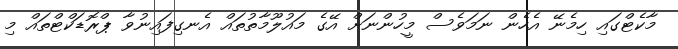
މާކެޓްގައި ހިމެނޭ އެހެން ނަމަވެސް މީހުންނަށް އޭގެ މައުލޫމާތުތައް އެނގިފައިނުވާ ޕްރޮޑަކްޓްތައް މި